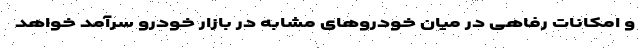
و امکانات رفاهی در میان خودروهای مشابه در بازار خودرو سرآمد خواهد